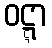
ဝဋ္ဋာ